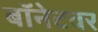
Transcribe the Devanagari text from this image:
बॉनेटवर